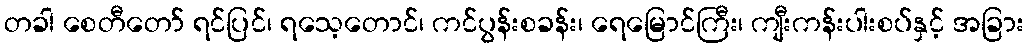
တခါ စေတီတော် ရင်ပြင်၊ ရသေ့တောင်၊ ကင်ပွန်းစခန်း၊ ရေမြောင်ကြီး၊ ကျီးကန်းပါးစပ်နှင့် အခြား